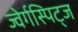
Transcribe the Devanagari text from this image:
ज्वेर्गस्पिट्ज